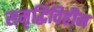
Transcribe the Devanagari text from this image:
समृद्धिविहीन